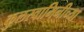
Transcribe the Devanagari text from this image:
कुलस्वामिनीच्या